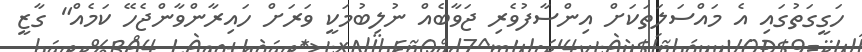
ހަގީގަތުގައި އެ މައްސަލަތަކަށް އިންސާފުވެރި ޖަވާބެއް ނުލިބުމަކީ ވަރަށް ހައިރާންވާންޖެހޭ ކަމެއް" ގާޒީ